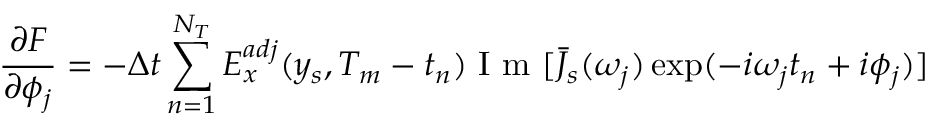
\frac { \partial F } { \partial \phi _ { j } } = - \Delta t \sum _ { n = 1 } ^ { N _ { T } } E _ { x } ^ { a d j } ( y _ { s } , T _ { m } - t _ { n } ) \mathrm { ~ I ~ m ~ } [ \bar { J } _ { s } ( \omega _ { j } ) \exp ( - i \omega _ { j } t _ { n } + i \phi _ { j } ) ]